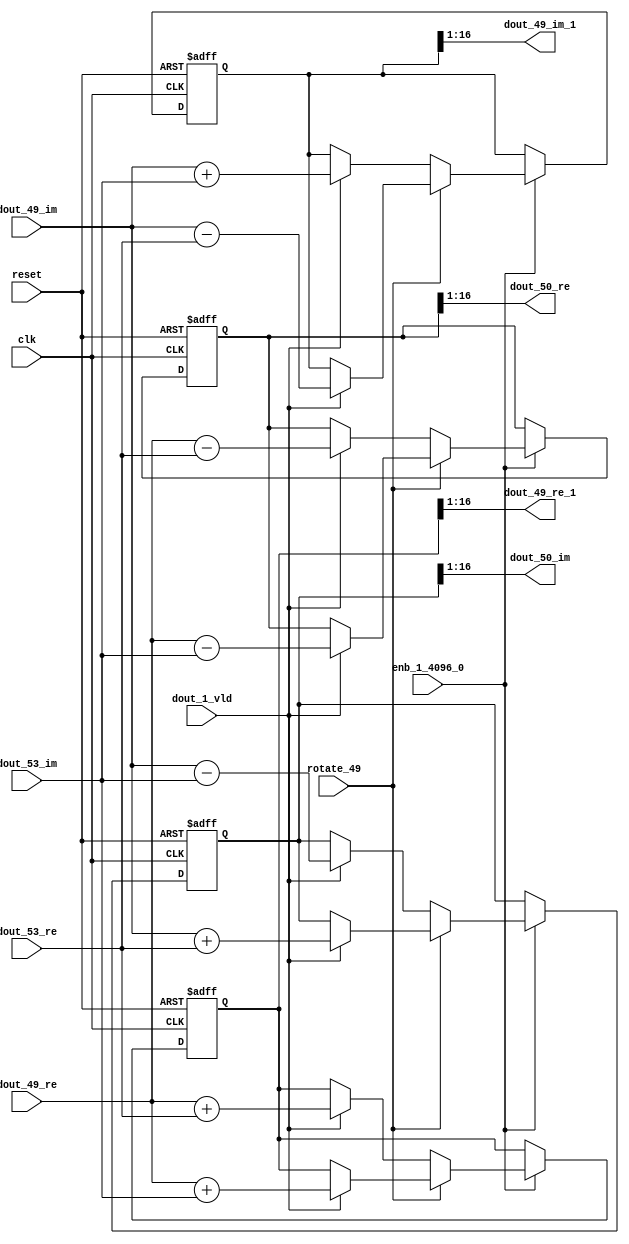
// -------------------------------------------------------------
// 
// 
// Generated by MATLAB 9.14 and HDL Coder 4.1
// 
// -------------------------------------------------------------


// -------------------------------------------------------------
// 
// Module: RADIX22FFT_SDNF2_6_block23
// Source Path: dsphdl.IFFT/RADIX22FFT_SDNF2_6
// Hierarchy Level: 4
// 
// -------------------------------------------------------------

`timescale 1 ns / 1 ns

module RADIX22FFT_SDNF2_6_block23
          (clk,
           reset,
           enb_1_4096_0,
           rotate_49,
           dout_49_re,
           dout_49_im,
           dout_53_re,
           dout_53_im,
           dout_1_vld,
           dout_49_re_1,
           dout_49_im_1,
           dout_50_re,
           dout_50_im);


  input   clk;
  input   reset;
  input   enb_1_4096_0;
  input   rotate_49;  // ufix1
  input   signed [15:0] dout_49_re;  // sfix16_En14
  input   signed [15:0] dout_49_im;  // sfix16_En14
  input   signed [15:0] dout_53_re;  // sfix16_En14
  input   signed [15:0] dout_53_im;  // sfix16_En14
  input   dout_1_vld;
  output  signed [15:0] dout_49_re_1;  // sfix16_En14
  output  signed [15:0] dout_49_im_1;  // sfix16_En14
  output  signed [15:0] dout_50_re;  // sfix16_En14
  output  signed [15:0] dout_50_im;  // sfix16_En14


  reg  Radix22ButterflyG2_NF_din_vld_dly;
  reg signed [16:0] Radix22ButterflyG2_NF_btf1_re_reg;  // sfix17
  reg signed [16:0] Radix22ButterflyG2_NF_btf1_im_reg;  // sfix17
  reg signed [16:0] Radix22ButterflyG2_NF_btf2_re_reg;  // sfix17
  reg signed [16:0] Radix22ButterflyG2_NF_btf2_im_reg;  // sfix17
  reg  Radix22ButterflyG2_NF_din_vld_dly_next;
  reg signed [16:0] Radix22ButterflyG2_NF_btf1_re_reg_next;  // sfix17_En14
  reg signed [16:0] Radix22ButterflyG2_NF_btf1_im_reg_next;  // sfix17_En14
  reg signed [16:0] Radix22ButterflyG2_NF_btf2_re_reg_next;  // sfix17_En14
  reg signed [16:0] Radix22ButterflyG2_NF_btf2_im_reg_next;  // sfix17_En14
  reg signed [15:0] dout_49_re_2;  // sfix16_En14
  reg signed [15:0] dout_49_im_2;  // sfix16_En14
  reg signed [15:0] dout_50_re_1;  // sfix16_En14
  reg signed [15:0] dout_50_im_1;  // sfix16_En14
  reg  dout_6_vld;
  reg signed [16:0] Radix22ButterflyG2_NF_add_cast;  // sfix17_En14
  reg signed [16:0] Radix22ButterflyG2_NF_add_cast_0;  // sfix17_En14
  reg signed [16:0] Radix22ButterflyG2_NF_add_cast_1;  // sfix17_En14
  reg signed [16:0] Radix22ButterflyG2_NF_add_cast_2;  // sfix17_En14
  reg signed [16:0] Radix22ButterflyG2_NF_sub_cast;  // sfix17_En14
  reg signed [16:0] Radix22ButterflyG2_NF_sub_cast_0;  // sfix17_En14
  reg signed [16:0] Radix22ButterflyG2_NF_sub_cast_1;  // sfix17_En14
  reg signed [16:0] Radix22ButterflyG2_NF_sub_cast_2;  // sfix17_En14
  reg signed [16:0] Radix22ButterflyG2_NF_sra_temp;  // sfix17_En14
  reg signed [16:0] Radix22ButterflyG2_NF_add_cast_3;  // sfix17_En14
  reg signed [16:0] Radix22ButterflyG2_NF_add_cast_4;  // sfix17_En14
  reg signed [16:0] Radix22ButterflyG2_NF_add_cast_5;  // sfix17_En14
  reg signed [16:0] Radix22ButterflyG2_NF_add_cast_6;  // sfix17_En14
  reg signed [16:0] Radix22ButterflyG2_NF_sra_temp_0;  // sfix17_En14
  reg signed [16:0] Radix22ButterflyG2_NF_sub_cast_3;  // sfix17_En14
  reg signed [16:0] Radix22ButterflyG2_NF_sub_cast_4;  // sfix17_En14
  reg signed [16:0] Radix22ButterflyG2_NF_sub_cast_5;  // sfix17_En14
  reg signed [16:0] Radix22ButterflyG2_NF_sub_cast_6;  // sfix17_En14
  reg signed [16:0] Radix22ButterflyG2_NF_sra_temp_1;  // sfix17_En14
  reg signed [16:0] Radix22ButterflyG2_NF_sra_temp_2;  // sfix17_En14


  // Radix22ButterflyG2_NF
  always @(posedge clk or posedge reset)
    begin : Radix22ButterflyG2_NF_process
      if (reset == 1'b1) begin
        Radix22ButterflyG2_NF_din_vld_dly <= 1'b0;
        Radix22ButterflyG2_NF_btf1_re_reg <= 17'sb00000000000000000;
        Radix22ButterflyG2_NF_btf1_im_reg <= 17'sb00000000000000000;
        Radix22ButterflyG2_NF_btf2_re_reg <= 17'sb00000000000000000;
        Radix22ButterflyG2_NF_btf2_im_reg <= 17'sb00000000000000000;
      end
      else begin
        if (enb_1_4096_0) begin
          Radix22ButterflyG2_NF_din_vld_dly <= Radix22ButterflyG2_NF_din_vld_dly_next;
          Radix22ButterflyG2_NF_btf1_re_reg <= Radix22ButterflyG2_NF_btf1_re_reg_next;
          Radix22ButterflyG2_NF_btf1_im_reg <= Radix22ButterflyG2_NF_btf1_im_reg_next;
          Radix22ButterflyG2_NF_btf2_re_reg <= Radix22ButterflyG2_NF_btf2_re_reg_next;
          Radix22ButterflyG2_NF_btf2_im_reg <= Radix22ButterflyG2_NF_btf2_im_reg_next;
        end
      end
    end

  always @(Radix22ButterflyG2_NF_btf1_im_reg, Radix22ButterflyG2_NF_btf1_re_reg,
       Radix22ButterflyG2_NF_btf2_im_reg, Radix22ButterflyG2_NF_btf2_re_reg,
       Radix22ButterflyG2_NF_din_vld_dly, dout_1_vld, dout_49_im, dout_49_re,
       dout_53_im, dout_53_re, rotate_49) begin
    Radix22ButterflyG2_NF_add_cast_1 = 17'sb00000000000000000;
    Radix22ButterflyG2_NF_add_cast_2 = 17'sb00000000000000000;
    Radix22ButterflyG2_NF_sub_cast_1 = 17'sb00000000000000000;
    Radix22ButterflyG2_NF_sub_cast_2 = 17'sb00000000000000000;
    Radix22ButterflyG2_NF_add_cast_5 = 17'sb00000000000000000;
    Radix22ButterflyG2_NF_add_cast_6 = 17'sb00000000000000000;
    Radix22ButterflyG2_NF_sub_cast_5 = 17'sb00000000000000000;
    Radix22ButterflyG2_NF_sub_cast_6 = 17'sb00000000000000000;
    Radix22ButterflyG2_NF_add_cast = 17'sb00000000000000000;
    Radix22ButterflyG2_NF_add_cast_0 = 17'sb00000000000000000;
    Radix22ButterflyG2_NF_sub_cast = 17'sb00000000000000000;
    Radix22ButterflyG2_NF_sub_cast_0 = 17'sb00000000000000000;
    Radix22ButterflyG2_NF_add_cast_3 = 17'sb00000000000000000;
    Radix22ButterflyG2_NF_add_cast_4 = 17'sb00000000000000000;
    Radix22ButterflyG2_NF_sub_cast_3 = 17'sb00000000000000000;
    Radix22ButterflyG2_NF_sub_cast_4 = 17'sb00000000000000000;
    Radix22ButterflyG2_NF_btf1_re_reg_next = Radix22ButterflyG2_NF_btf1_re_reg;
    Radix22ButterflyG2_NF_btf1_im_reg_next = Radix22ButterflyG2_NF_btf1_im_reg;
    Radix22ButterflyG2_NF_btf2_re_reg_next = Radix22ButterflyG2_NF_btf2_re_reg;
    Radix22ButterflyG2_NF_btf2_im_reg_next = Radix22ButterflyG2_NF_btf2_im_reg;
    Radix22ButterflyG2_NF_din_vld_dly_next = dout_1_vld;
    if (rotate_49 != 1'b0) begin
      if (dout_1_vld) begin
        Radix22ButterflyG2_NF_add_cast_1 = {dout_49_re[15], dout_49_re};
        Radix22ButterflyG2_NF_add_cast_2 = {dout_53_im[15], dout_53_im};
        Radix22ButterflyG2_NF_btf1_re_reg_next = Radix22ButterflyG2_NF_add_cast_1 + Radix22ButterflyG2_NF_add_cast_2;
        Radix22ButterflyG2_NF_sub_cast_1 = {dout_49_re[15], dout_49_re};
        Radix22ButterflyG2_NF_sub_cast_2 = {dout_53_im[15], dout_53_im};
        Radix22ButterflyG2_NF_btf2_re_reg_next = Radix22ButterflyG2_NF_sub_cast_1 - Radix22ButterflyG2_NF_sub_cast_2;
        Radix22ButterflyG2_NF_add_cast_5 = {dout_49_im[15], dout_49_im};
        Radix22ButterflyG2_NF_add_cast_6 = {dout_53_re[15], dout_53_re};
        Radix22ButterflyG2_NF_btf2_im_reg_next = Radix22ButterflyG2_NF_add_cast_5 + Radix22ButterflyG2_NF_add_cast_6;
        Radix22ButterflyG2_NF_sub_cast_5 = {dout_49_im[15], dout_49_im};
        Radix22ButterflyG2_NF_sub_cast_6 = {dout_53_re[15], dout_53_re};
        Radix22ButterflyG2_NF_btf1_im_reg_next = Radix22ButterflyG2_NF_sub_cast_5 - Radix22ButterflyG2_NF_sub_cast_6;
      end
    end
    else if (dout_1_vld) begin
      Radix22ButterflyG2_NF_add_cast = {dout_49_re[15], dout_49_re};
      Radix22ButterflyG2_NF_add_cast_0 = {dout_53_re[15], dout_53_re};
      Radix22ButterflyG2_NF_btf1_re_reg_next = Radix22ButterflyG2_NF_add_cast + Radix22ButterflyG2_NF_add_cast_0;
      Radix22ButterflyG2_NF_sub_cast = {dout_49_re[15], dout_49_re};
      Radix22ButterflyG2_NF_sub_cast_0 = {dout_53_re[15], dout_53_re};
      Radix22ButterflyG2_NF_btf2_re_reg_next = Radix22ButterflyG2_NF_sub_cast - Radix22ButterflyG2_NF_sub_cast_0;
      Radix22ButterflyG2_NF_add_cast_3 = {dout_49_im[15], dout_49_im};
      Radix22ButterflyG2_NF_add_cast_4 = {dout_53_im[15], dout_53_im};
      Radix22ButterflyG2_NF_btf1_im_reg_next = Radix22ButterflyG2_NF_add_cast_3 + Radix22ButterflyG2_NF_add_cast_4;
      Radix22ButterflyG2_NF_sub_cast_3 = {dout_49_im[15], dout_49_im};
      Radix22ButterflyG2_NF_sub_cast_4 = {dout_53_im[15], dout_53_im};
      Radix22ButterflyG2_NF_btf2_im_reg_next = Radix22ButterflyG2_NF_sub_cast_3 - Radix22ButterflyG2_NF_sub_cast_4;
    end
    Radix22ButterflyG2_NF_sra_temp = Radix22ButterflyG2_NF_btf1_re_reg >>> 8'd1;
    dout_49_re_2 = Radix22ButterflyG2_NF_sra_temp[15:0];
    Radix22ButterflyG2_NF_sra_temp_0 = Radix22ButterflyG2_NF_btf1_im_reg >>> 8'd1;
    dout_49_im_2 = Radix22ButterflyG2_NF_sra_temp_0[15:0];
    Radix22ButterflyG2_NF_sra_temp_1 = Radix22ButterflyG2_NF_btf2_re_reg >>> 8'd1;
    dout_50_re_1 = Radix22ButterflyG2_NF_sra_temp_1[15:0];
    Radix22ButterflyG2_NF_sra_temp_2 = Radix22ButterflyG2_NF_btf2_im_reg >>> 8'd1;
    dout_50_im_1 = Radix22ButterflyG2_NF_sra_temp_2[15:0];
    dout_6_vld = Radix22ButterflyG2_NF_din_vld_dly;
  end



  assign dout_49_re_1 = dout_49_re_2;

  assign dout_49_im_1 = dout_49_im_2;

  assign dout_50_re = dout_50_re_1;

  assign dout_50_im = dout_50_im_1;

endmodule  // RADIX22FFT_SDNF2_6_block23